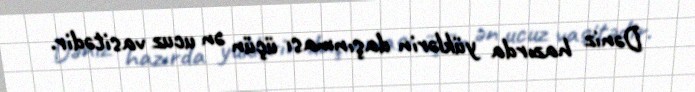
Dəniz hazırda yüklərin daşınması üçün ən ucuz vasitədir.